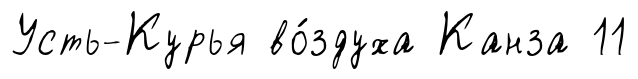
Усть-Курья во́здуха Канза 11